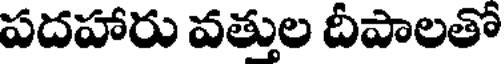
పదహారు వత్తుల దీపాలతో